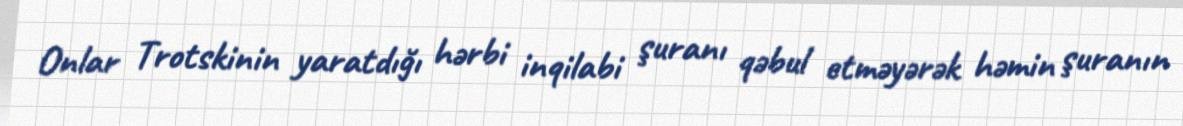
Onlar Trotskinin yaratdığı hərbi inqilabi şuranı qəbul etməyərək həmin şuranın